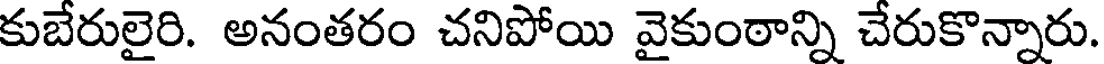
కుబేరులైరి. అనంతరం చనిపోయి వైకుంఠాన్ని చేరుకొన్నారు.